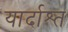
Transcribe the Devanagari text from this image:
यार्दाश्त